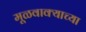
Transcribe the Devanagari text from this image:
मूळवाक्याच्या